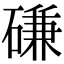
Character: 磏